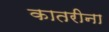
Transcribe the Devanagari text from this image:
कातरीना